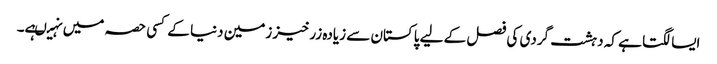
ایسا لگتا ہے کہ دہشت گردی کی فصل کے لیے پاکستان سے زیادہ زرخیز زمین دنیا کے کسی حصہ میں نہیںہے۔